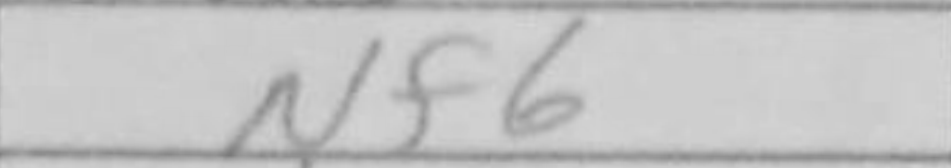
Transcription: Nf6